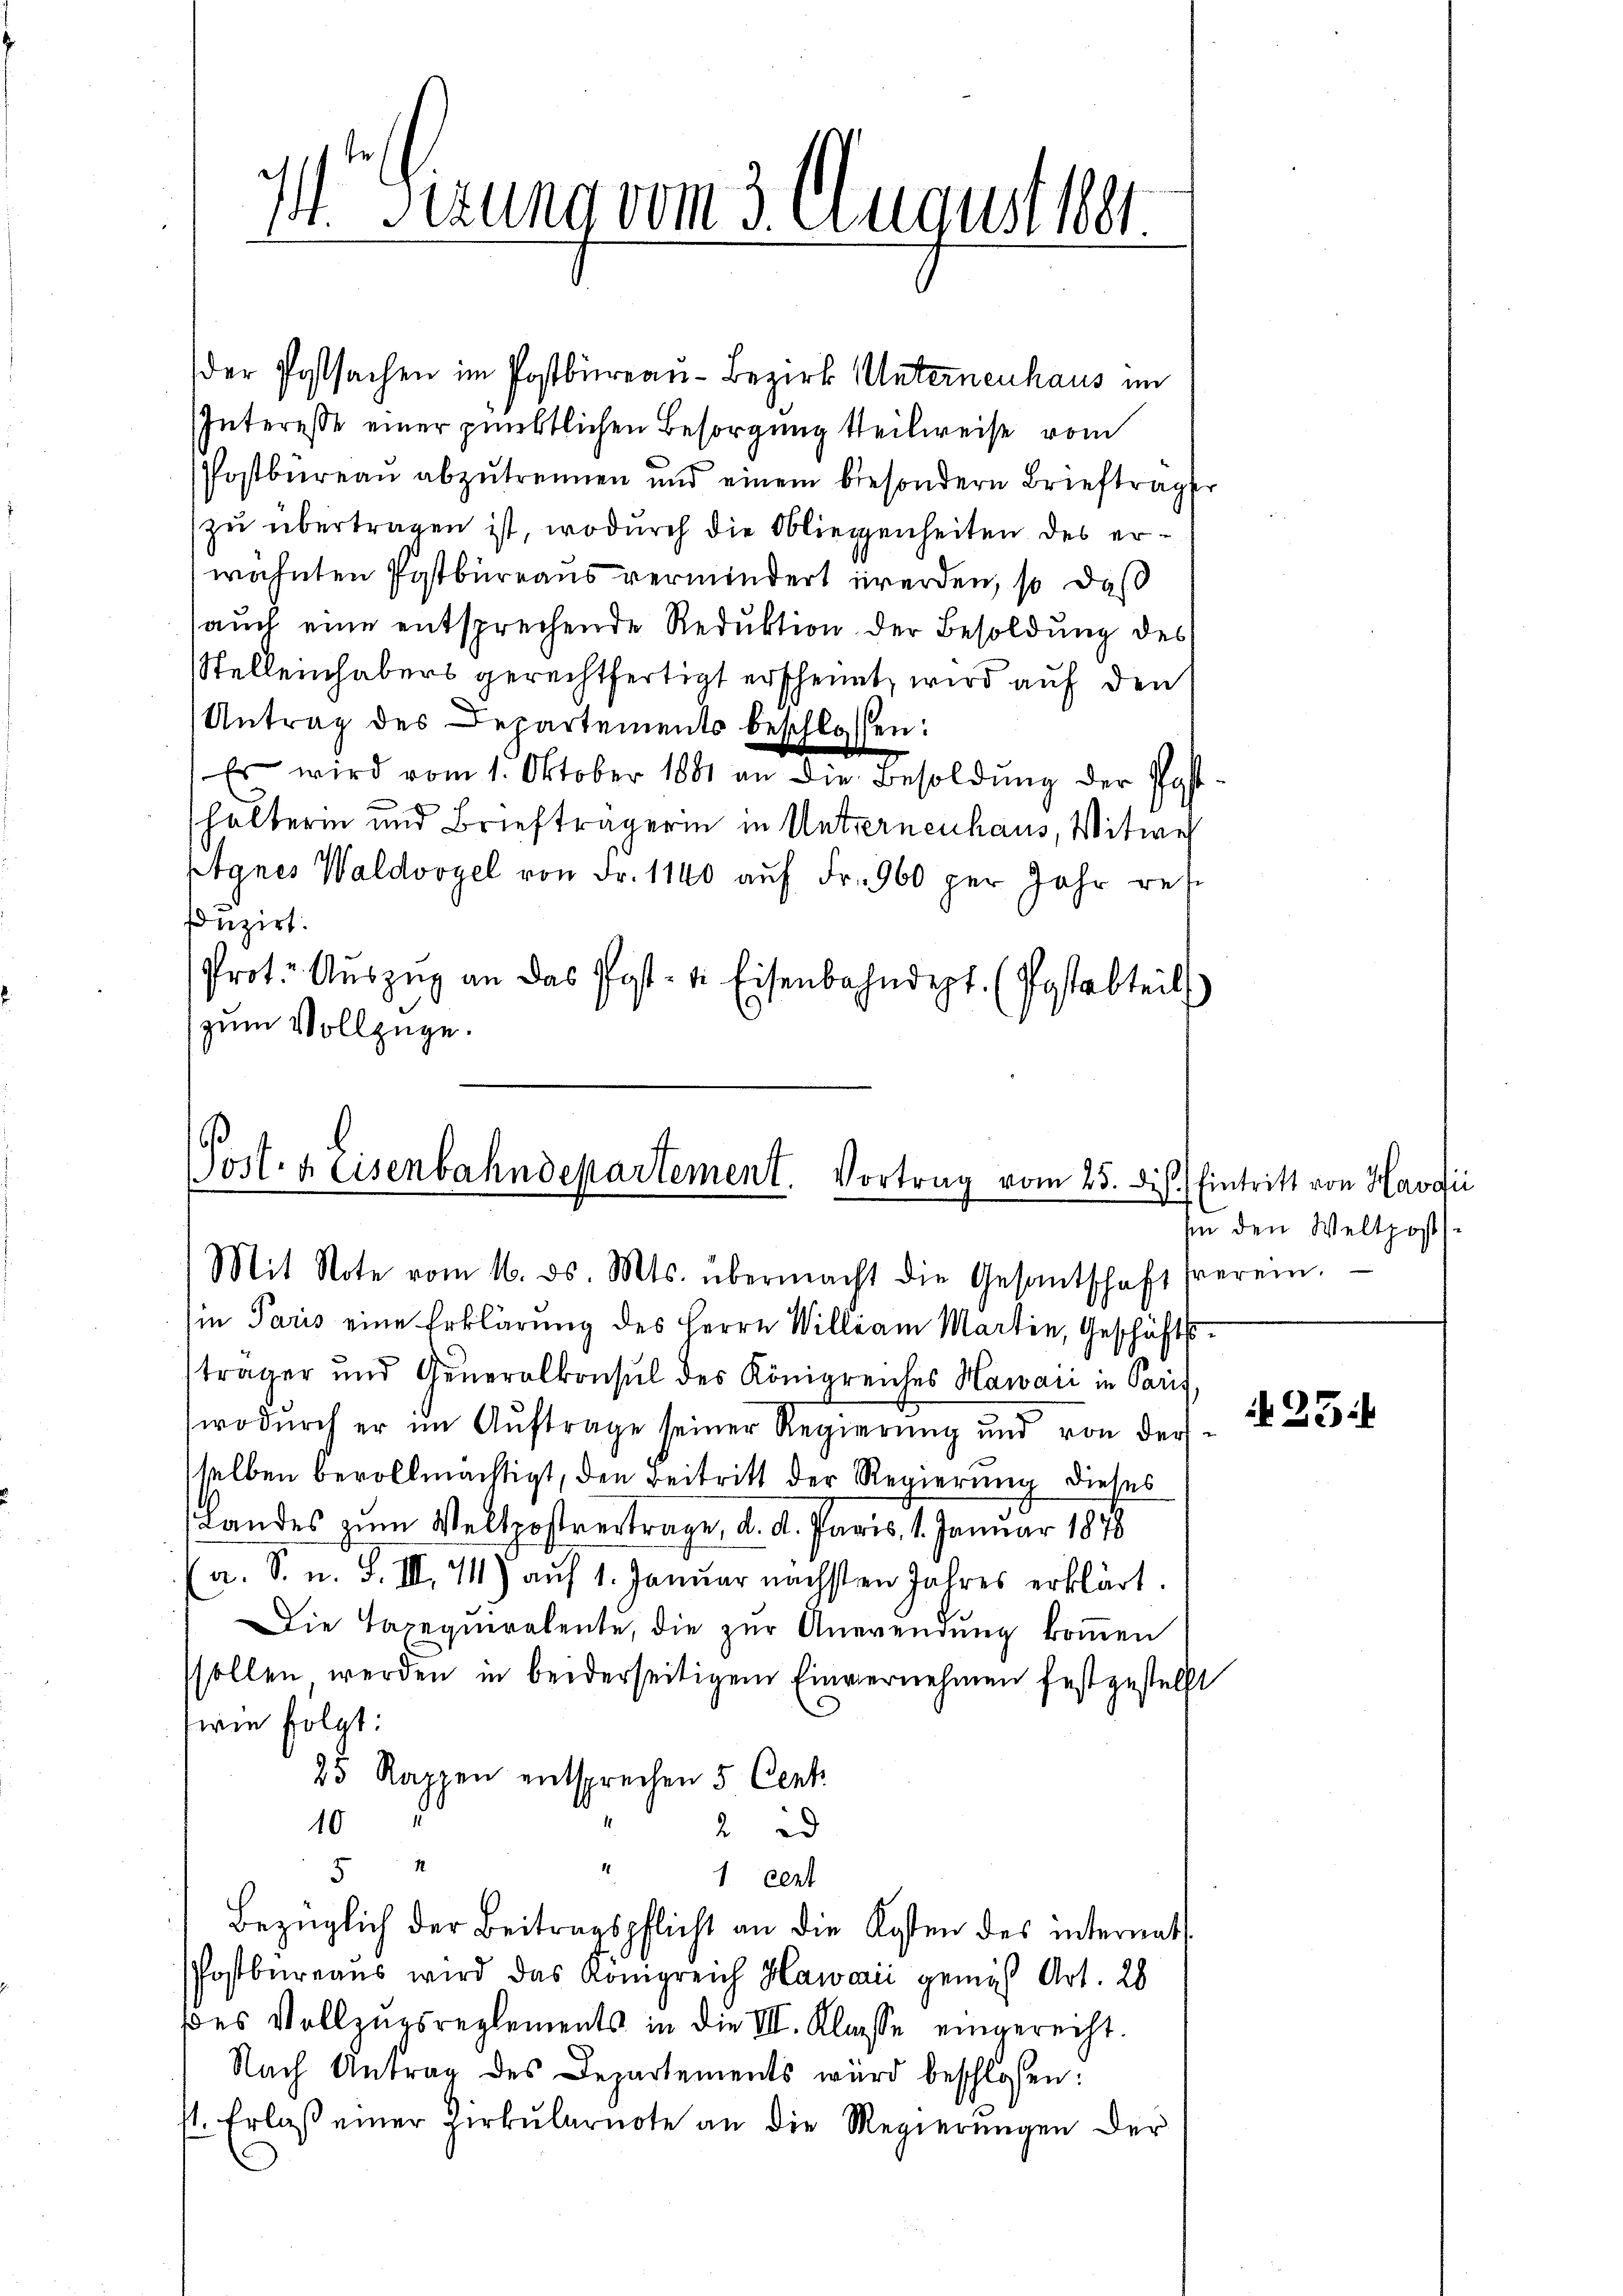
I Sizung vom 3. August her

der Postsachen im Postbüreau-Bezirk Unternenhaus im
Interesse einer pünktlichen Besorgung theilweise vom
Postbüreau abzutrennen und einem besondern Briefträger
zu übertragen ist, wodurch die Obliegenheiten des erwähnten Postbureaus vermindert werden, so daß
auch eine entsprechende Reduktion der Besoldung des
Stellenhabers gerechtfertigt erscheint, wird auf den
Antrag des Departements beschlossen:
Es wird vom 1. Oktober 1881 an die Besoldŭng der Post-
halterin und Briefträgerin in Unternenhaus, Witwe
Agnes Waldvogel von Fr. 1140 aŭf Fr. 960 per Jahr res
sduzirt.
Prot. Aŭszŭg an das Post- u. Eisenbahndept. (Postabteil
zum Vollzüge.

Vost. Heisenbahndepartement. Vortrag vom 25. dis.) Eintritt von Havii
Mit Note vom 16. ds. Mts. übermacht die Gesantschaft freren.

Ein Paris eine Erklärung des Herrn William Martin, Geschäftssträger und Generalkonsul des Königreiches Hawaii in Paris,
wodŭrch er im Auftrage seiner Regierung und von der
selben bevollmächtigt, den Beitritt der Regierung dieses
Landes zum Weltpostvertrage, d. d. Paris, 1. Januar 1878
(a. S. u. S. III 44) auf 1. Januar nächsten Jahres erklärt.
Die Taxegneralente, die zur Anwendung kommen
sollen, werden in beiderseitigem Einvernehmen festgestellt
wie folgt:
25 Rappen entsprechen 5 Cent
10
2 id
5
1 cent
Bezüglich der Beitragspflicht an die Kosten des internat
PPostbureaus wird das Königreich Hawaii gemäß Art. 28
des Vollzugsreglements in die III. Klasse eingerecht.
Nach Antrag des Departements wird beschlossen:
st. Erlaβ einer Zirkŭlarnote an die Regierŭngen der

hin den Weltpost

25